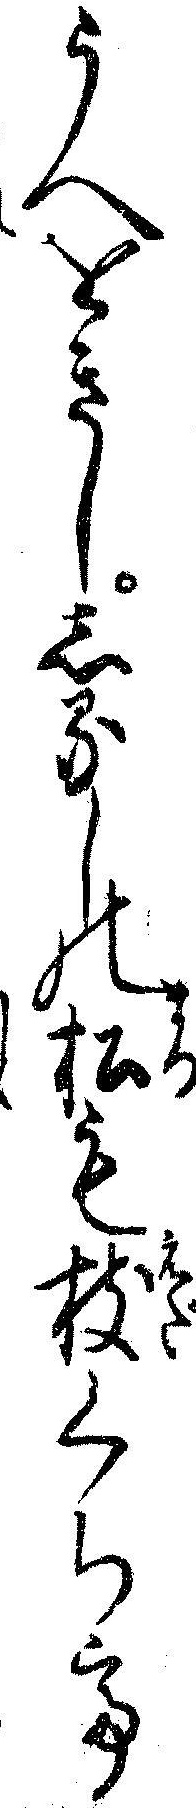
うへをきししるしの松も枝くちて